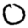
Digit: 0